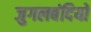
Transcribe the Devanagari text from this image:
जुगलबंदियों